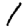
Digit: 1